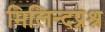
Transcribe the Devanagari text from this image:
मिलिन्दप्रश्न